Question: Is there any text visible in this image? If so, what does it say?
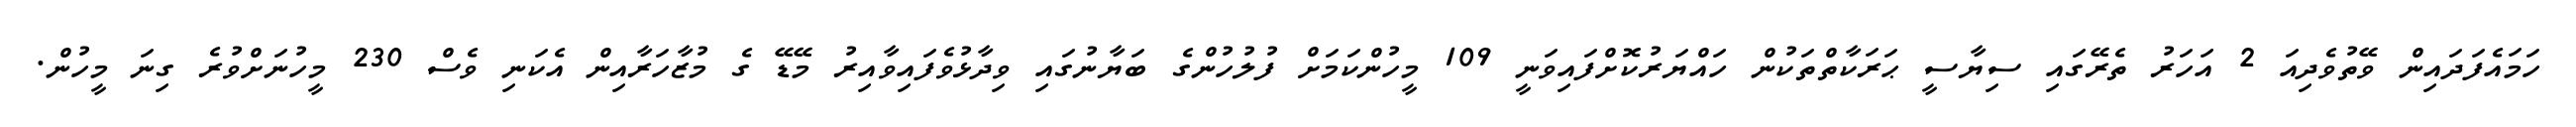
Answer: ހަމައެފަދައިން ވޭތުވެދިއަ 2 އަހަރު ތެރޭގައި ސިޔާސީ ޙަރަކާތްތަކުން ހައްޔަރުކޮށްފައިވަނީ 109 މީހުންކަމަށް ފުލުހުންގެ ބަޔާނުގައި ވިދާޅުވެފައިވާއިރު މޭޑޭ ގެ މުޒާހަރާއިން އެކަނި ވެސް 230 މީހުނަށްވުރެ ގިނަ މީހުން.